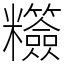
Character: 䊴